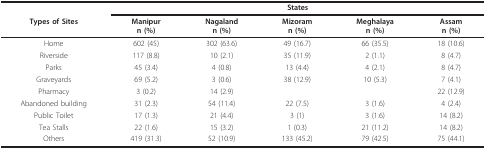
<table><thead><tr><td></td><td colspan="5"><b>States</b></td></tr><tr><td><b>Types of Sites</b></td><td><b>Manipurn (%)</b></td><td><b>Nagalandn (%)</b></td><td><b>Mizoramn (%)</b></td><td><b>Meghalayan (%)</b></td><td><b>Assamn (%)</b></td></tr></thead><tbody><tr><td>Home</td><td>602 (45)</td><td>302 (63.6)</td><td>49 (16.7)</td><td>66 (35.5)</td><td>18 (10.6)</td></tr><tr><td>Riverside</td><td>117 (8.8)</td><td>10 (2.1)</td><td>35 (11.9)</td><td>2 (1.1)</td><td>8 (4.7)</td></tr><tr><td>Parks</td><td>45 (3.4)</td><td>4 (0.8)</td><td>13 (4.4)</td><td>4 (2.1)</td><td>8 (4.7)</td></tr><tr><td>Graveyards</td><td>69 (5.2)</td><td>3 (0.6)</td><td>38 (12.9)</td><td>10 (5.3)</td><td>7 (4.1)</td></tr><tr><td>Pharmacy</td><td>3 (0.2)</td><td>14 (2.9)</td><td></td><td></td><td>22 (12.9)</td></tr><tr><td>Abandoned building</td><td>31 (2.3)</td><td>54 (11.4)</td><td>22 (7.5)</td><td>3 (1.6)</td><td>4 (2.4)</td></tr><tr><td>Public Toilet</td><td>17 (1.3)</td><td>21 (4.4)</td><td>3 (1)</td><td>3 (1.6)</td><td>14 (8.2)</td></tr><tr><td>Tea Stalls</td><td>22 (1.6)</td><td>15 (3.2)</td><td>1 (0.3)</td><td>21 (11.2)</td><td>14 (8.2)</td></tr><tr><td>Others</td><td>419 (31.3)</td><td>52 (10.9)</td><td>133 (45.2)</td><td>79 (42.5)</td><td>75 (44.1)</td></tr></tbody></table>